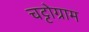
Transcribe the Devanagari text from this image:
चट्टोग्राम